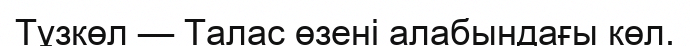
Тұзкөл — Талас өзені алабындағы көл.